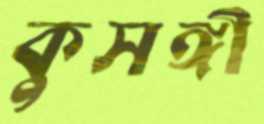
কুসঙ্গী